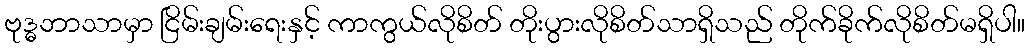
ဗုဒ္ဓဘာသာမှာ ငြိမ်းချမ်းရေးနှင့် ကာကွယ်လိုစိတ် တိုးပွားလိုစိတ်သာရှိသည် တိုက်ခိုက်လိုစိတ်မရှိပါ။